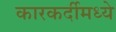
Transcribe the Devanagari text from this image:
कारकर्दीमध्ये